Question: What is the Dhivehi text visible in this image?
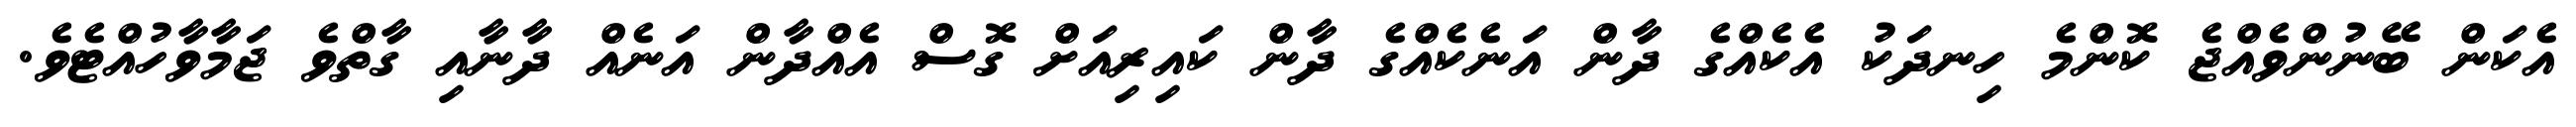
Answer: އެކަން ބޭނުންވެއްޖެ ކޮންމެ ހިނދަކު އެކެއްގެ ދާން އަނެކެއްގެ ދާން ކައިރިއަށް ގޮސް އެއްދާން އަނެއް ދާނާއި ގާތްވެ ޖަމާވާހުއްޓެވެ.